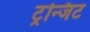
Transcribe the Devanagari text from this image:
ट्रन्जिट